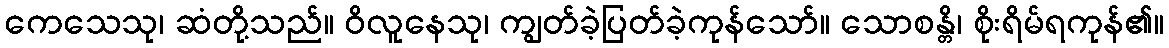
ကေသေသု၊ ဆံတို့သည်။ ဝိလူနေသု၊ ကျွတ်ခဲ့ပြတ်ခဲ့ကုန်သော်။ သောစန္တိ၊ စိုးရိမ်ရကုန်၏။